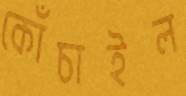
কোঁচাইল